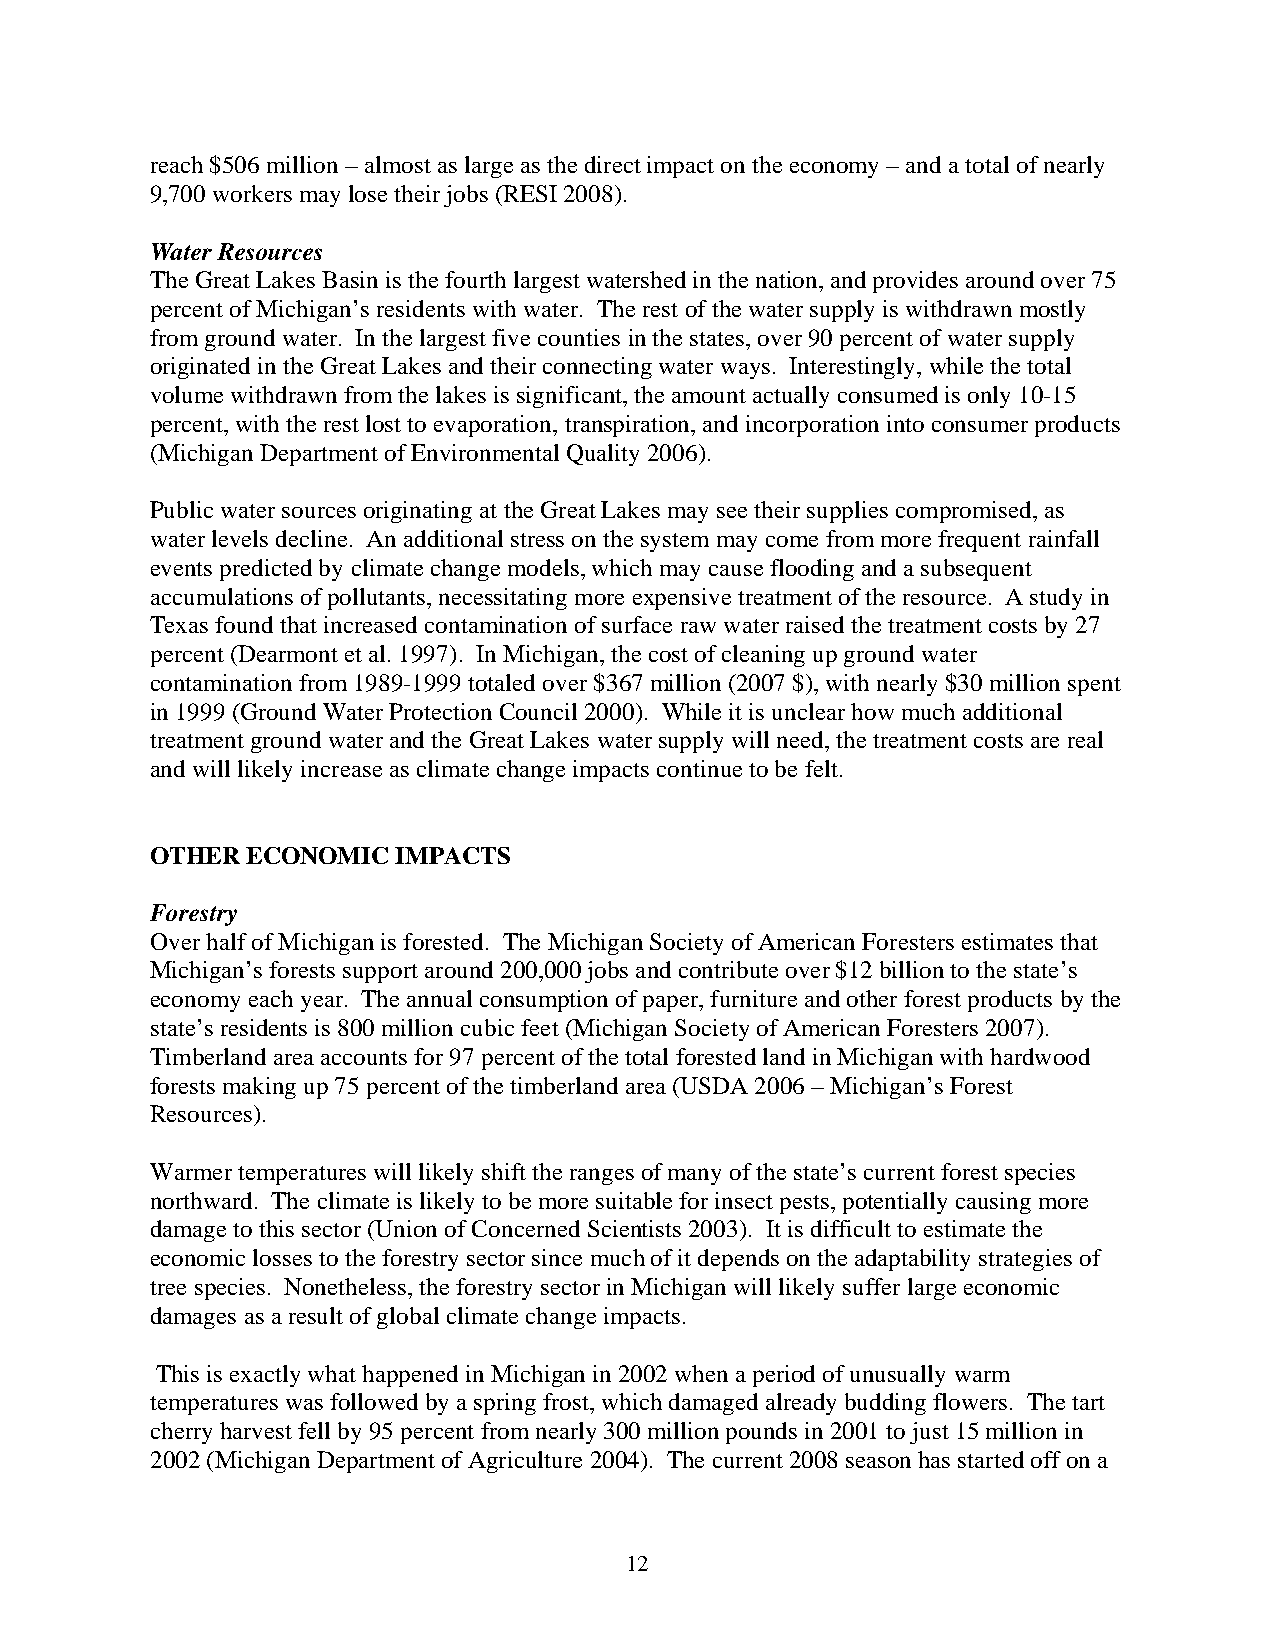
reach $506 million – almost as large as the direct impact on the economy – and a total of nearly
 9,700 workers may lose their jobs (RESI 2008).
 Water Resources
 The Great Lakes Basin is the fourth largest watershed in the nation, and provides around over 75
 percent of Michigan’s residents with water. The rest of the water supply is withdrawn mostly
 from ground water. In the largest five counties in the states, over 90 percent of water supply
 originated in the Great Lakes and their connecting water ways. Interestingly, while the total
 volume withdrawn from the lakes is significant, the amount actually consumed is only 10-15
 percent, with the rest lost to evaporation, transpiration, and incorporation into consumer products
 (Michigan Department of Environmental Quality 2006).
 Public water sources originating at the Great Lakes may see their supplies compromised, as
 water levels decline. An additional stress on the system may come from more frequent rainfall
 events predicted by climate change models, which may cause flooding and a subsequent
 accumulations of pollutants, necessitating more expensive treatment of the resource. A study in
 Texas found that increased contamination of surface raw water raised the treatment costs by 27
 percent (Dearmont et al. 1997). In Michigan, the cost of cleaning up ground water
 contamination from 1989-1999 totaled over $367 million (2007 $), with nearly $30 million spent
 in 1999 (Ground Water Protection Council 2000). While it is unclear how much additional
 treatment ground water and the Great Lakes water supply will need, the treatment costs are real
 and will likely increase as climate change impacts continue to be felt.
 OTHER ECONOMIC  IMPACTS
 Forestry
 Over half of Michigan is forested. The Michigan Society of American Foresters estimates that
 Michigan’s forests support around 200,000 jobs and contribute over $12 billion to the state’s
 economy each year. The annual consumption of paper, furniture and other forest products by the
 state’s residents is 800 million cubic feet (Michigan Society of American Foresters 2007).
 Timberland area accounts for 97 percent of the total forested land in Michigan with hardwood
 forests making up 75 percent of the timberland area (USDA 2006 – Michigan’s Forest
 Resources).
 Warmer temperatures will likely shift the ranges of many of the state’s current forest species
 northward. The climate is likely to be more suitable for insect pests, potentially causing more
 damage to this sector (Union of Concerned Scientists 2003). It is difficult to estimate the
 economic losses to the forestry sector since much of it depends on the adaptability strategies of
 tree species. Nonetheless, the forestry sector in Michigan will likely suffer large economic
 damages as a result of global climate change impacts.
 This is exactly what happened in Michigan in 2002 when a period of unusually warm
 temperatures was followed by a spring frost, which damaged already budding flowers. The tart
 cherry harvest fell by 95 percent from nearly 300 million pounds in 2001 to just 15 million in
 2002 (Michigan Department of Agriculture 2004). The current 2008 season has started off on a
 12